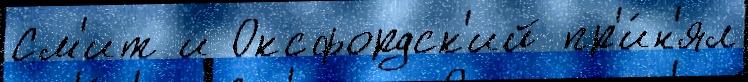
См'ит и Оксфордск'ий пр'и́н'ял